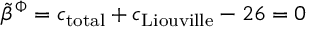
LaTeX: { \tilde { \beta } } ^ { \Phi } = c _ { \mathrm { t o t a l } } + c _ { \mathrm { L i o u v i l l e } } - 2 6 = 0